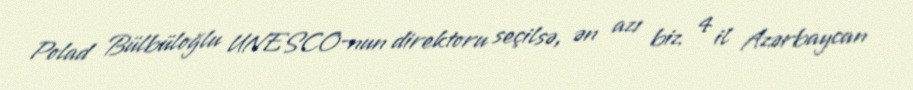
Polad Bülbüloğlu UNESCO-nun direktoru seçilsə, ən azı biz 4 il Azərbaycan